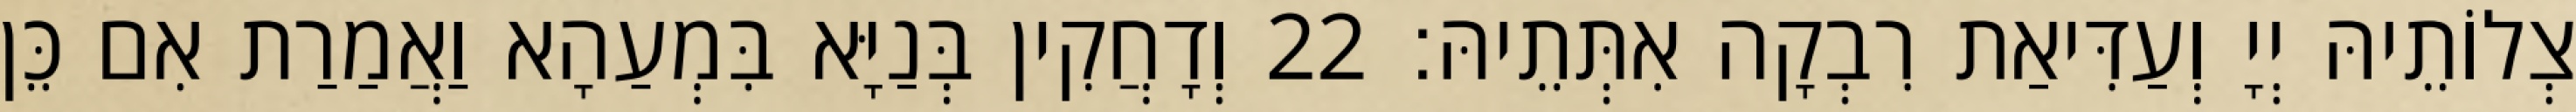
צְלוֹתֵיהּ יְיָ וְעַדִּיאַת רִבְקָה אִתְּתֵיהּ׃ 22 וְדָחֲקִין בְּנַיָּא בִּמְעַהָא וַאֲמַרַת אִם כֵּן